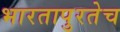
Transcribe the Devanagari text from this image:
भारतापुरतेच